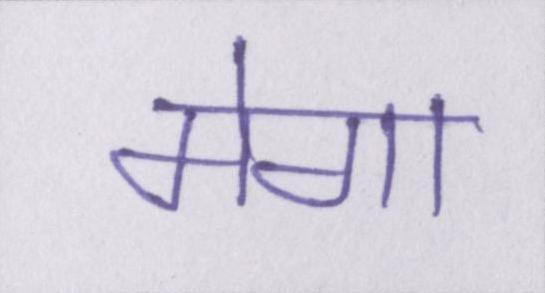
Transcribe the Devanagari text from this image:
मेगा